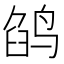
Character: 鹐